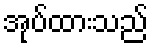
အုပ်ထားသည်